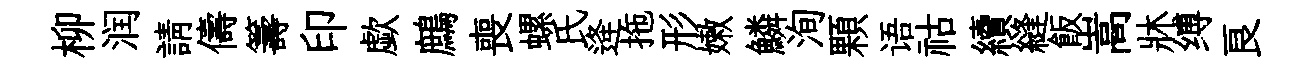
柳润請儔籌印歔鷓喪螺氏逄拖形嫩鱗洵顆语祜續縫飯嵩牀缚良